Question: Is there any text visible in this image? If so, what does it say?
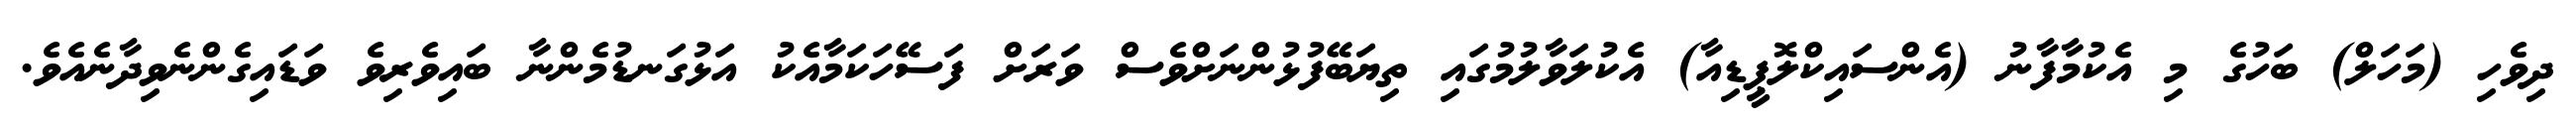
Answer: ދިވެހި (މަހަލް) ބަހުގެ މި އެކުމާފާނު (އެންސައިކްލޮޕީޑިއާ) އެކުލަވާލުމުގައި ތިޔަބޭފުޅުންނަށްވެސް ވަރަށް ފަސޭހަކަމާއެކު އަޅުގަނޑުމެންނާ ބައިވެރިވެ ވަޑައިގެންނެވިދާނެއެވެ.